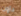
داون